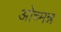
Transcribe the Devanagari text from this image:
ओच्मन्न